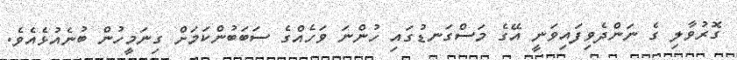
ގޮރުވާލި ގެ ނަންދެވިފައިވަނީ އޭގެ މަސްގަނޑުގައި ހުންނަ ވަހެއްގެ ސަބަބުންކަމަށް ގިނަމީހުން ބުނެއުޅެއެވެ.